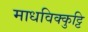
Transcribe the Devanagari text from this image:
माधविक्कुट्टि